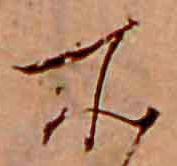
所